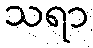
သရာ